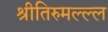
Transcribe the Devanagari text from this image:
श्रीतिरुमल्ल्ल